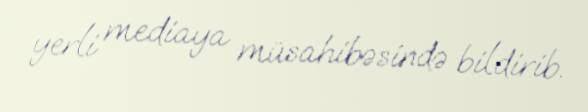
yerli mediaya müsahibəsində bildirib.